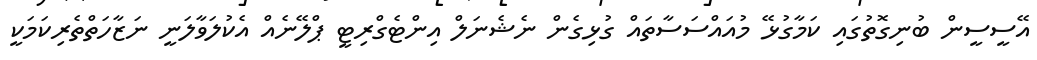
އޭސީސީން ބުނިގޮތުގައި ކަމާގުޅޭ މުއައްސަސާތައް ގުޅިގެން ނެޝެނަލް އިންޓެގްރިޓީ ޕްލޭނެއް އެކުލަވާލަނީ ނަޒާހަތްތެރިކަމަކީ